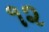
૧૨